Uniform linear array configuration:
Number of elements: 4
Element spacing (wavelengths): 0.5
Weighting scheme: cosine
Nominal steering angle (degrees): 15
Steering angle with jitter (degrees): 13.939
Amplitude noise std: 0.05
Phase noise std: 0.05

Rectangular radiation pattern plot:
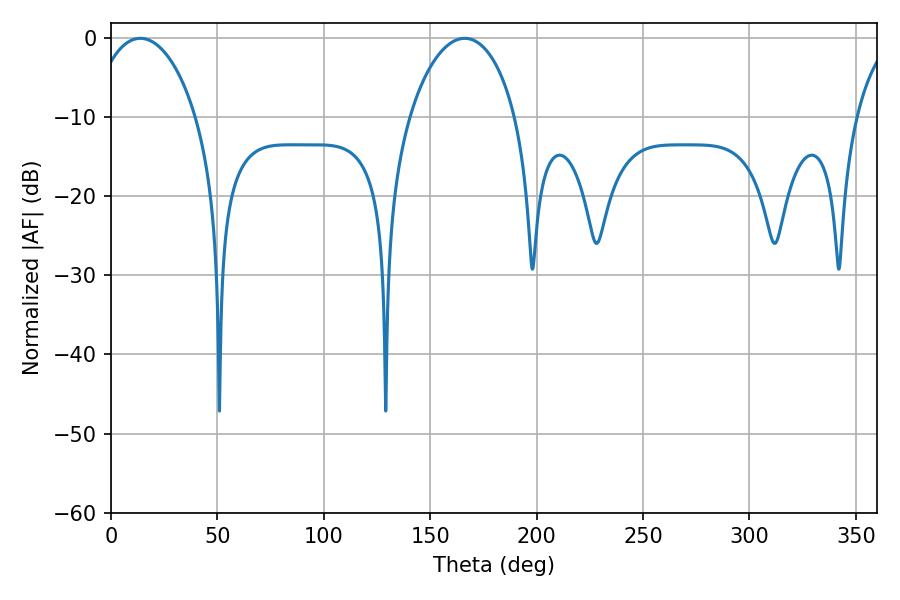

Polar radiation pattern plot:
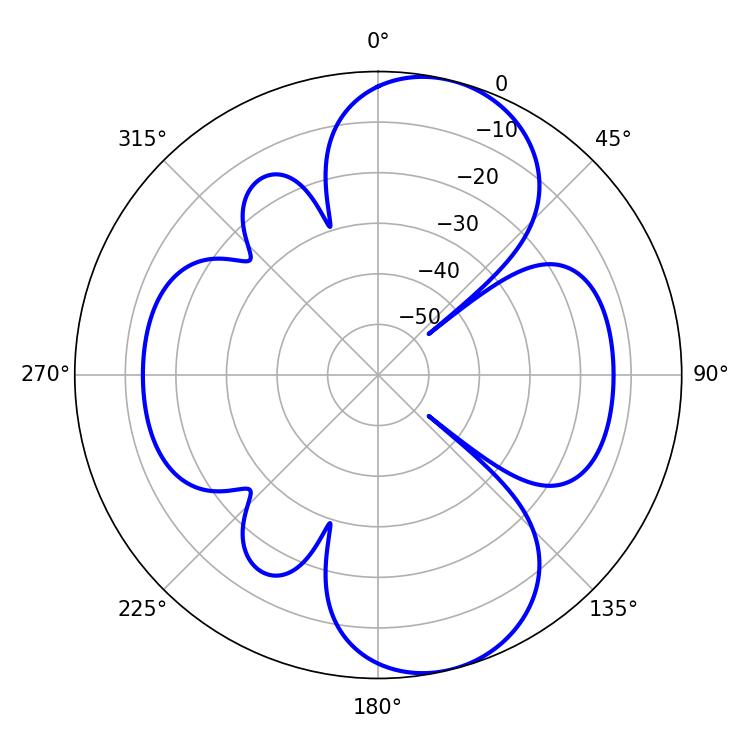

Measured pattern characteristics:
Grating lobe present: FALSE
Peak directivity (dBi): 9.142
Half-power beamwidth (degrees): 28.44
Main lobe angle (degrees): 13.86